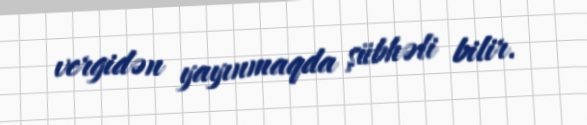
vergidən yayınmaqda şübhəli bilir.